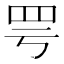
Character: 𫅀